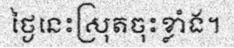
ថ្ងៃនេះស្រុតចុះខ្លាំង។